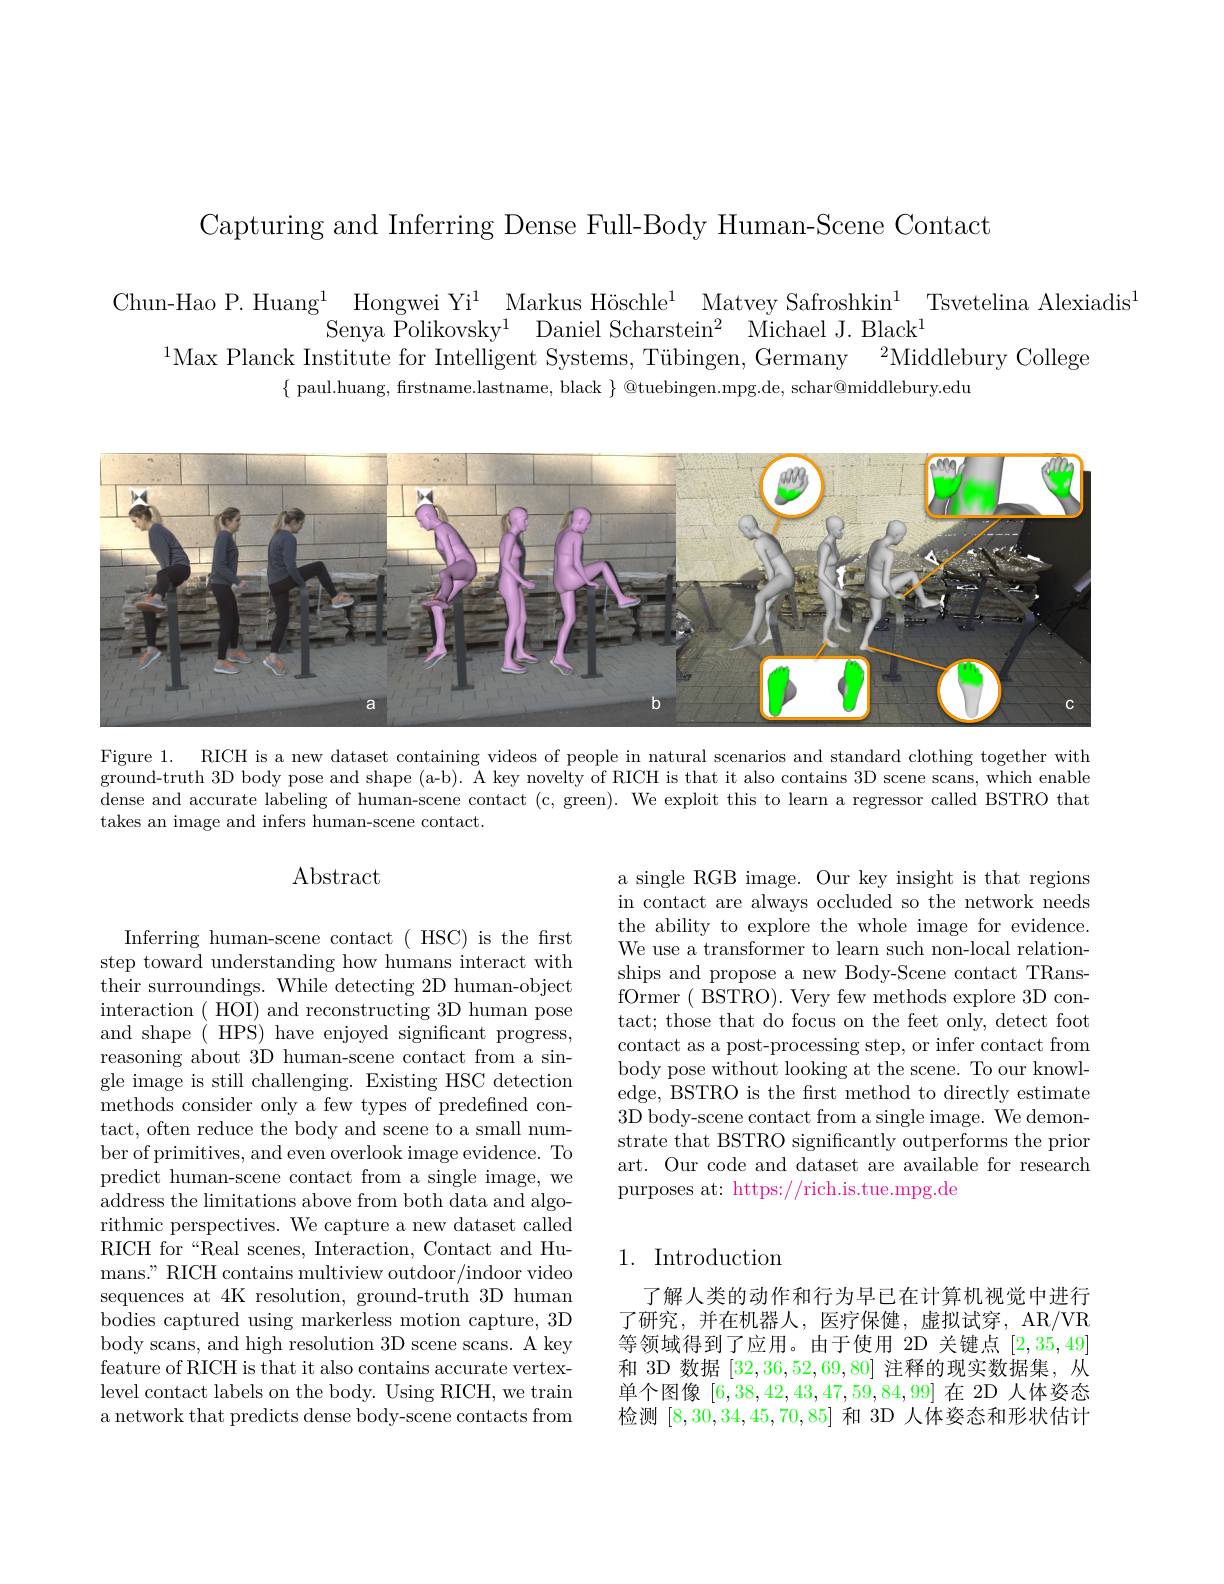
Capturing and Inferring Dense Full-Body Human-Scene Contact

$\begin{aligned}\text{Chun-Hao P.Huang}^{1}&\mathrm{Hongwei~Yi}^{1}&\mathrm{Markus~Höschle}^{1}&\mathrm{Matvey~Safroshkin}^{1}\mathrm{Tsvetelina~Alexiadis}^{1}\\&\mathrm{Senya~Polikovsky}^{1}&\mathrm{Daniel~Scharstein}^{2}&\mathrm{Michael~J.~Black}^{1}\\&\mathrm{Max~Planck~Institute~for~Intelligent~Systems,~Tübingen,~Germany}\end{aligned}$
$\{$ paul.huang, frstname.lastname, black $\}$ @tuebingen.mpg.de, schar@middlebury.edu

<FigureHere>

Figure 1. RICH is a new dataset containing videos of people in natural scenarios and standard clothing together with ground-truth 3D body pose and shape (a-b). A key novelty of RICH is that it also contains 3D scene scans, which enable dense and accurate labeling of human-scene contact (c, green). We exploit this to learn a regressor called BSTRO that takes an image and infers human-scene contact.

# Abstract

a single RGB image. Our key insight is that regions in contact are always occluded so the network needs the ability to explore the whole image for evidence We use a transformer to learn such non-local relationships and propose a new Body-Scene contact TRansfOrmer ( BSTRO). Very few methods explore 3D contact; those that do focus on the feet only, detect foot contact as a post-processing step, or infer contact from body pose without looking at the scene. To our knowledge, BSTRO is the first method to directly estimate 3D body-scene contact from a single image. We demonstrate that BSTRO significantly outperforms the prior art. Our code and dataset are available for research purposes at: https://rich.is.tue.mpg.de

Inferring human-scene contact ( HSC) is the first step toward understanding how humans interact with their surroundings. While detecting 2D human-object interaction ( HOI) and reconstructing 3D human pose and shape ( HPS) have enjoyed significant progress, reasoning about 3D human-scene contact from a single image is still challenging. Existing HSC detection $\bar{\text{methods consider only a few types of predefned con-}}$ tact, often reduce the body and scene to a small number of primitives, and even overlook image evidence. To predict human-scene contact from a single image, we address the limitations above from both data and algorithmic perspectives. We capture a new dataset called RICH for“Real scenes, Interaction, Contact and Humans." RICH contains multiview outdoor/indoor video sequences at 4K resolution, ground-truth 3D human bodies captured using markerless motion capture, 3D body scans, and high resolution 3D scene scans. A key feature of RICH is that it also contains accurate vertexlevel contact labels on the body. Using RICH, we train a network that predicts dense body-scene contacts from

# 1. Introduction

了解人类的动作和行为早已在计算机视觉中进行了研究，并在机器人，医疗保健，虚拟试穿，AR/VR 等领域得到了应用。由于使用 2D 关键点[2,35,49] 和 3D 数据[32,36,52,69,80]注释的现实数据集，从单个图像[6,38,42,43,47,59,84,99]在 2D 人体姿态检测[8,30,34,45,70,85]和 3D 人体姿态和形状估计